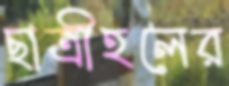
ছাত্রীহলের